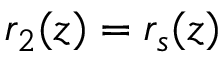
r _ { 2 } ( z ) = r _ { s } ( z )